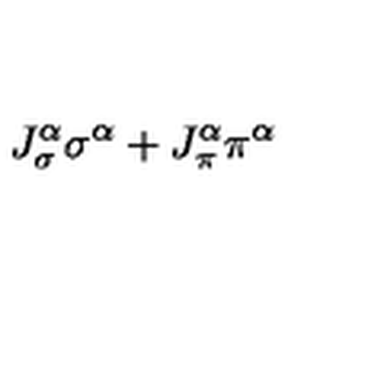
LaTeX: J _ { \sigma } ^ { \alpha } \sigma ^ { \alpha } + J _ { \pi } ^ { \alpha } \pi ^ { \alpha }